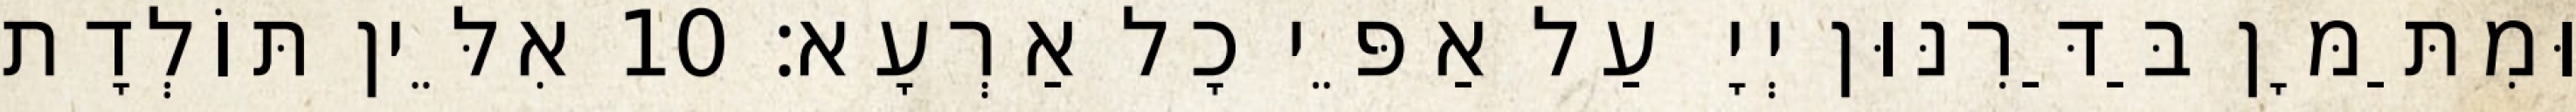
וּמִתַּמָּן בַּדַּרִנּוּן יְיָ עַל אַפֵּי כָל אַרְעָא׃ 10 אִלֵּין תּוֹלְדָת